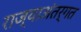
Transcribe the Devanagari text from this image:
राज्याअंतर्गत